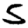
Digit: 5